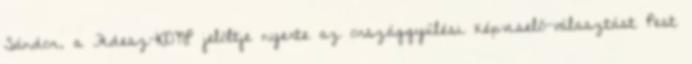
Sándor, a Fidesz-KDNP jelöltje nyerte az országgyűlési képviselő-választást Pest